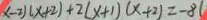
x - 2 ) ( x + 2 ) + 2 ( x + 1 ) ( x + 2 ) = - 8 (